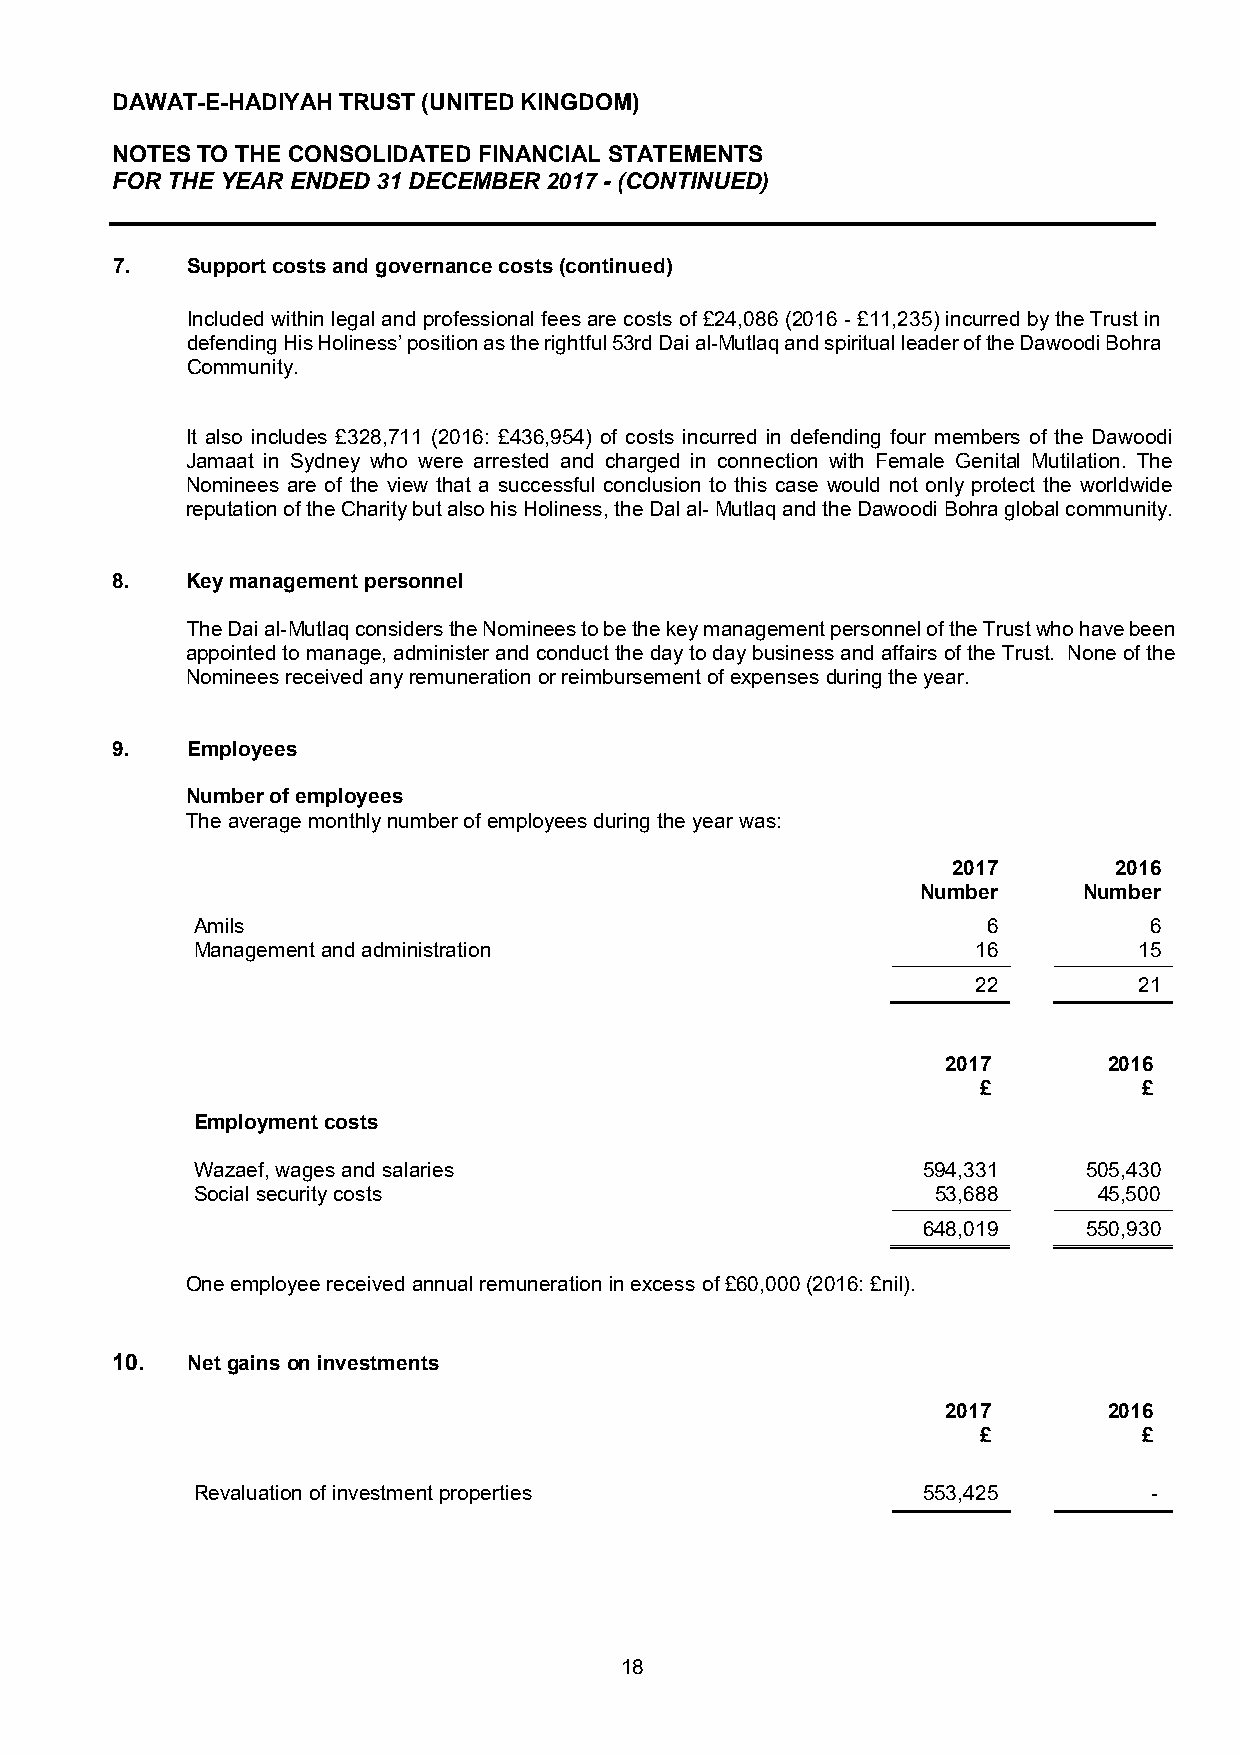
DAWAT-E-HADIYAH TRUST (UNITED KINGDOM)
 NOTES TO THE CONSOLIDATED FINANCIAL STATEMENTS
 FOR THE YEAR ENDED 31 DECEMBER 2017 - (CONTINUED)
 7.   Support costs and governance costs (continued)
 Included within legal and professional fees are costs of £24,086 (2016 - £11,235) incurred by the Trust in
 defending His Holiness’ position as the rightful 53rd Dai al-Mutlaq and spiritual leader of the Dawoodi Bohra
 Community.
 It also includes £328,711 (2016: £436,954) of costs incurred in defending four members of the Dawoodi
 Jamaat in Sydney who were arrested and charged in connection with Female Genital Mutilation. The
 Nominees are of the view that a successful conclusion to this case would not only protect the worldwide
 reputation of the Charity but also his Holiness, the Dal al- Mutlaq and the Dawoodi Bohra global community.
 8.   Key management personnel
 The Dai al-Mutlaq considers the Nominees to be the key management personnel of the Trust who have been
 appointed to manage, administer and conduct the day to day business and affairs of the Trust. None of the
 Nominees received any remuneration or reimbursement of expenses during the year.
 9.   Employees
 Number of employees
 The average monthly number of employees during the year was:
 2017       2016
 Number     Number
 Amils                                               6          6
 Management and administration                       16        15
 22        21
 2017      2016
 £          £
 Employment costs
 Wazaef, wages and salaries                      594,331    505,430
 Social security costs                            53,688     45,500
 648,019    550,930
 One employee received annual remuneration in excess of £60,000 (2016: £nil).
 10.  Net gains on investments
 2017      2016
 £          £
 Revaluation of investment properties            553,425        -
 18